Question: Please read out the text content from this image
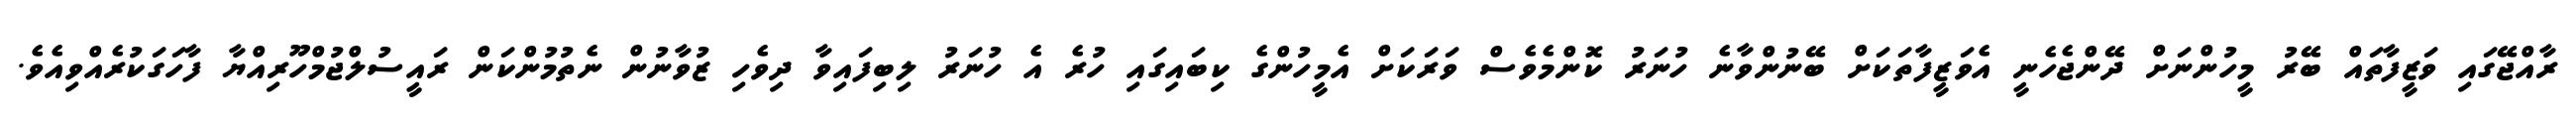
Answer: ރާއްޖޭގައި ވަޒީފާތައް ބޭރު މީހުންނަށް ދޭންޖެހެނީ އެވަޒީފާތަކަށް ބޭނުންވާނެ ހުނަރު ކޮންމެވެސް ވަރަކަށް އެމީހުންގެ ކިބައިގައި ހުރެ އެ ހުނަރު ލިބިފައިވާ ދިވެހި ޒުވާނުން ނެތުމުންކަން ރައީސުލްޖުމްހޫރިއްޔާ ފާހަގަކުރެއްވިއެވެ.